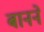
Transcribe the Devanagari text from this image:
बानने